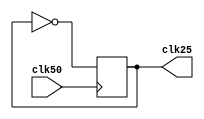
/*---------------50 Mhz to 25Mhz clock----------------*/
module div25mhz(clk50,clk25);
input clk50;
output clk25;
reg clk25=1'b0;


always@(posedge clk50)
begin
		clk25<=~clk25;	
end
endmodule